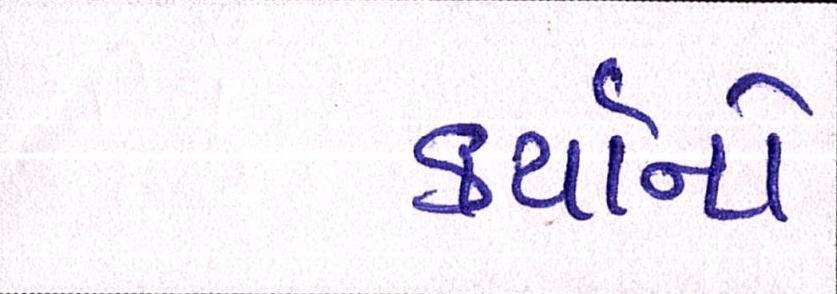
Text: કર્યાનો